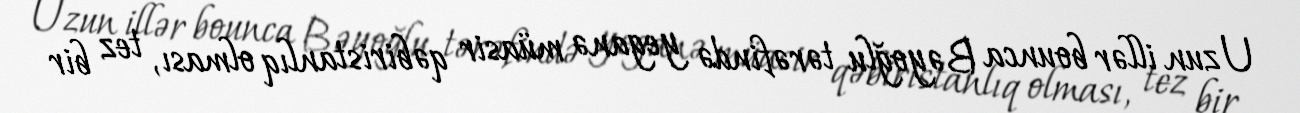
Uzun illər bounca Bəyoğlu tərəfində yeganə müasir qəbiristanlıq olması, tez bir